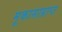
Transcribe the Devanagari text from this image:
मूकासाप्राप्त